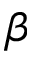
\beta